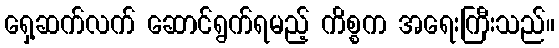
ရှေ့ဆက်လက် ဆောင်ရွက်ရမည့် ကိစ္စက အရေးကြီးသည်။